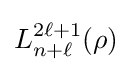
L_{n+\ell }^{2\ell +1}(\rho )